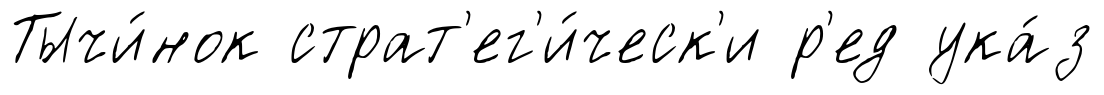
Тычи́нок страт'ег'и́ческ'и р'ед ука́з